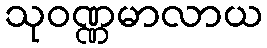
သုဝဏ္ဏမာလာယ